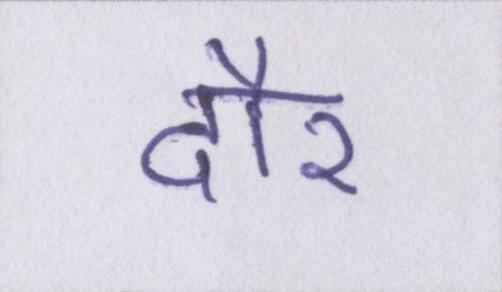
दौर